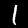
Label: 1